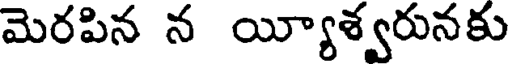
మెరపిన న య్యీశ్వరునకు